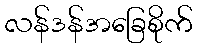
လန်ဒန်အခြေစိုက်